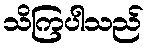
သိကြပါသည်